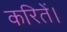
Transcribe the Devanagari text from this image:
करितें।